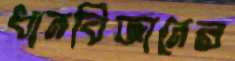
ধানবিজ্ঞানের